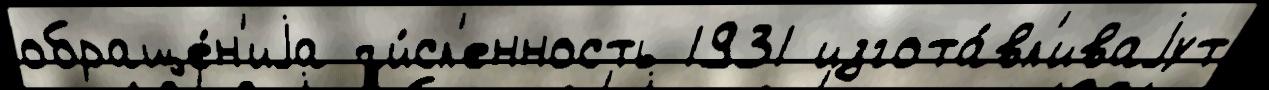
обраще́н'иjа чи́сл'енность 1931 изгота́вл'иваjут